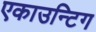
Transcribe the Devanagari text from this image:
एकाउन्टिग